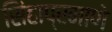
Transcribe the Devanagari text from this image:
सिंहाप्रमाणे